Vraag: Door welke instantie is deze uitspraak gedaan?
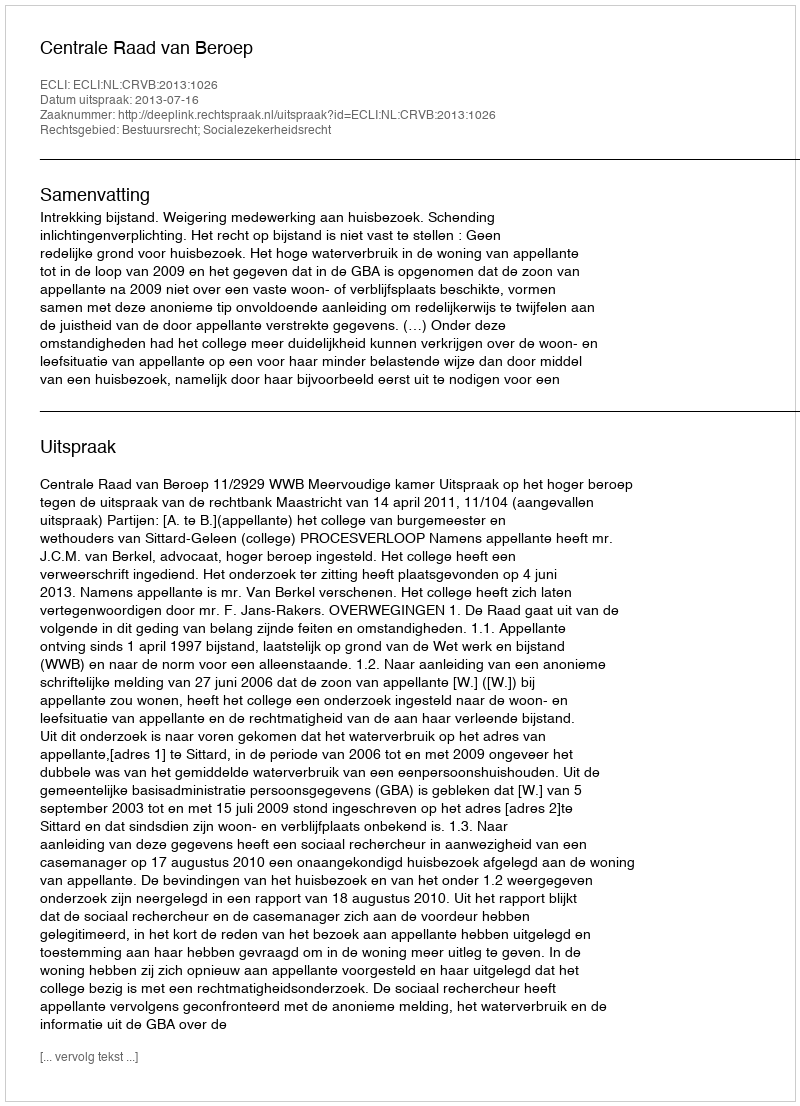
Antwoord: Centrale Raad van Beroep